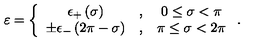
\varepsilon = \left\{ \begin{array} { c c c } { \epsilon _ { + } \left( \sigma \right) } & { , } & { 0 \leq \sigma < \pi } \\ { \pm \epsilon _ { - } \left( 2 \pi - \sigma \right) } & { , } & { \pi \leq \sigma < 2 \pi } \\ \end{array} \right. .